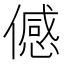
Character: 𬿯